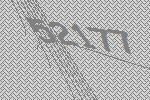
52177